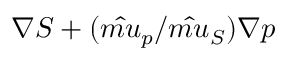
\nabla S + ( \hat { m u } _ { p } / \hat { m u } _ { S } ) \nabla p